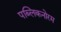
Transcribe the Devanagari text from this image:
पब्लिकनोरम